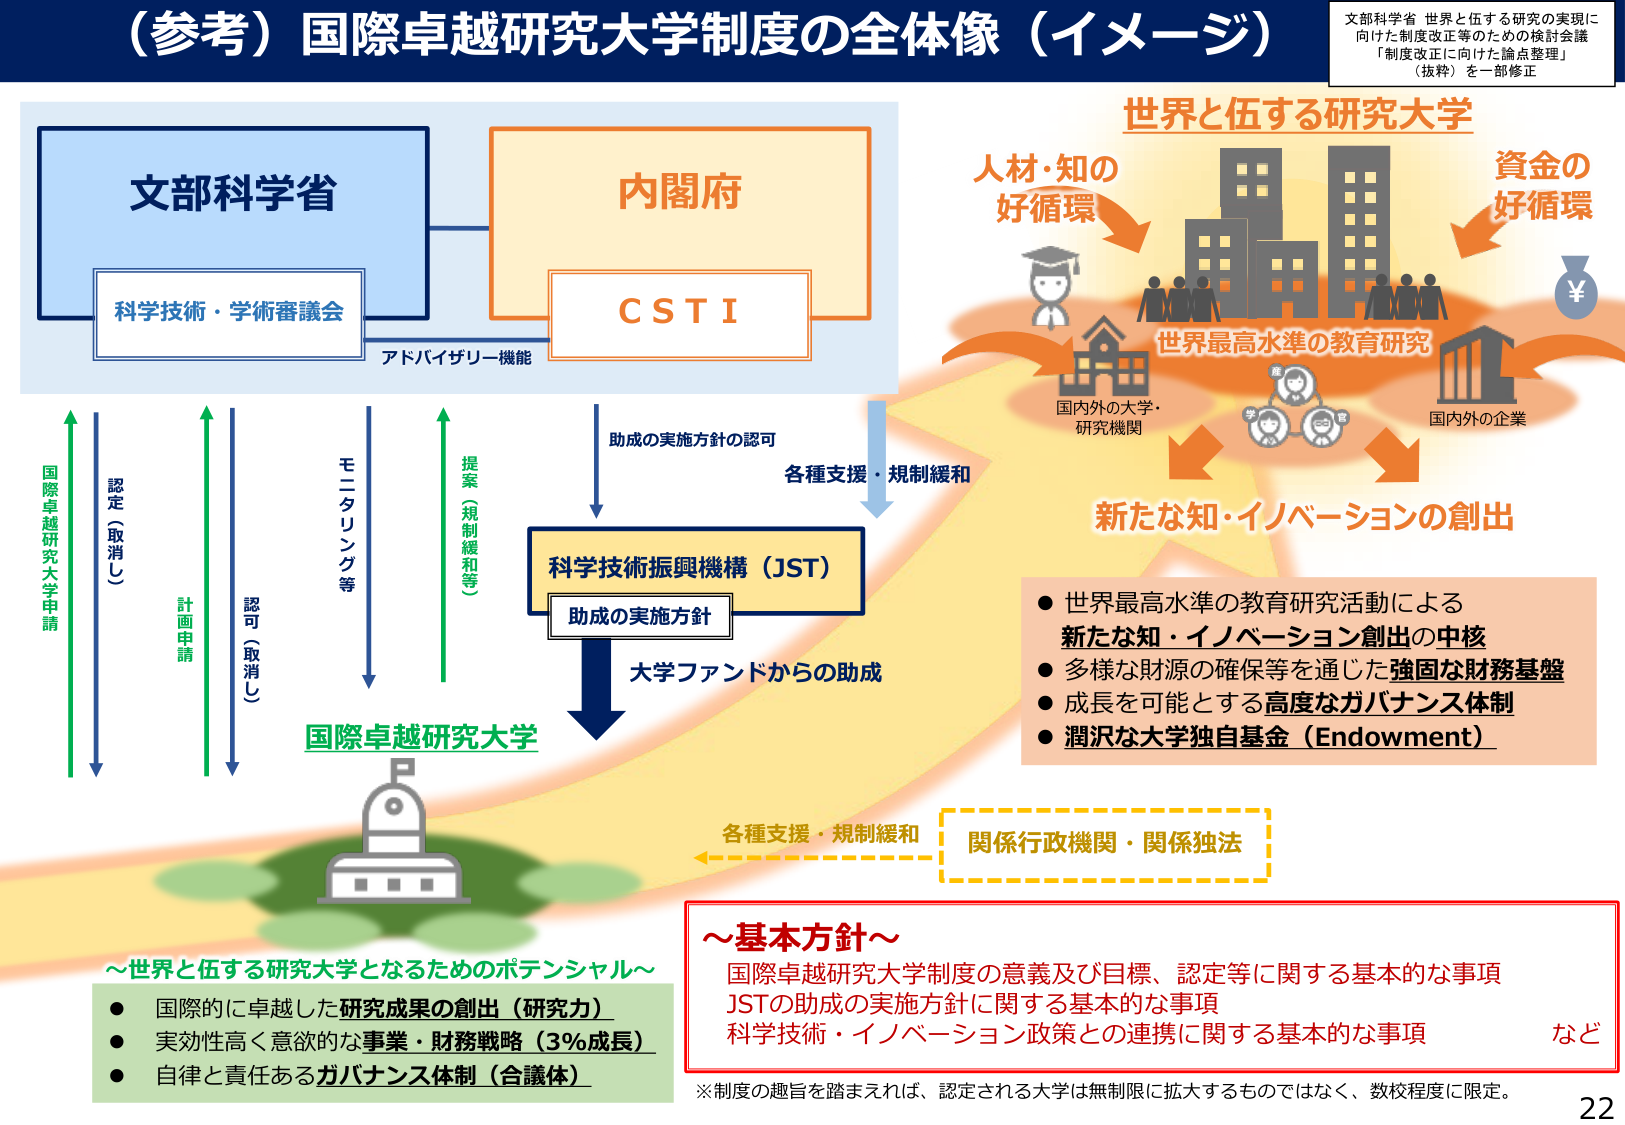
（参考）国際卓越研究大学制度の全体像（イメージ）

文部科学省 世界と伍する研究の実現に
向けた制度改正等のための検討会議
「制度改正に向けた論点整理」
（抜粋）を一部修正

文部科学省
科学技術・学術審議会
アドバイザリー機能

内閣府
ＣＳＴＩ

世界と伍する研究大学

人材・知の
好循環

資金の
好循環

世界最高水準の教育研究

国内外の大学・
研究機関

国内外の企業

新たな知・イノベーションの創出

● 世界最高水準の教育研究活動による
新たな知・イノベーション創出の中核
● 多様な財源の確保等を通じた強固な財務基盤
● 成長を可能とする高度なガバナンス体制
● 潤沢な大学独自基金（Endowment）

助成の実施方針の認可

各種支援・規制緩和

科学技術振興機構（JST）
助成の実施方針

大学ファンドからの助成

国際卓越研究大学

各種支援・規制緩和

関係行政機関・関係独法

～基本方針～
国際卓越研究大学制度の意義及び目標、認定等に関する基本的な事項
JSTの助成の実施方針に関する基本的な事項
科学技術・イノベーション政策との連携に関する基本的な事項　など

※制度の趣旨を踏まえれば、認定される大学は無制限に拡大するものではなく、数校程度に限定。

～世界と伍する研究大学となるためのポテンシャル～
● 国際的に卓越した研究成果の創出（研究力）
● 実効性高く意欲的な事業・財務戦略（3％成長）
● 自律と責任あるガバナンス体制（合議体）

国際卓越研究大学申請
認定（取消し）
計画申請
認可（取消し）
モニタリング等
提案（規制緩和等）

22